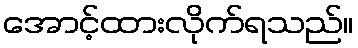
အောင့်ထားလိုက်ရသည်။